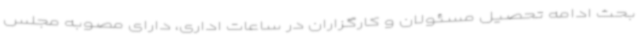
بحث ادامه تحصیل مسئولان و کارگزاران در ساعات اداری، دارای مصوبه‌ مجلس